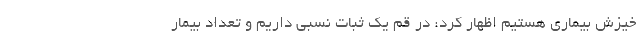
خیزش بیماری هستیم اظهار کرد: در قم یک ثبات نسبی داریم و تعداد بیمار